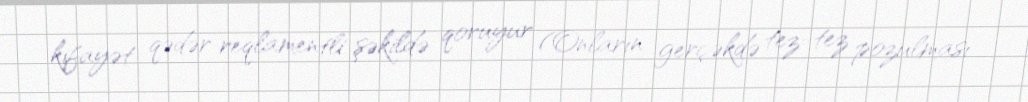
kifayət qədər reqlamentli şəkildə qoruyur (Onların gerçəkdə tez-tez pozulması